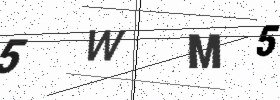
Text: 5WM5